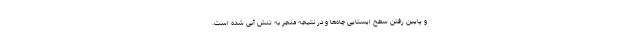
و پایین رفتن سطح ایستایی چاه‌ها و در نتیجه منجر به تنش آبی شده است.